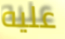
عليه